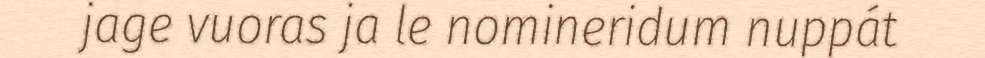
jage vuoras ja le nomineridum nuppát